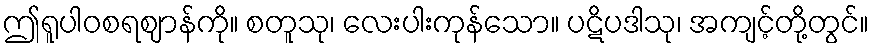
ဤရူပါဝစရဈာန်ကို။ စတူသု၊ လေးပါးကုန်သော။ ပဋိပဒါသု၊ အကျင့်တို့တွင်။